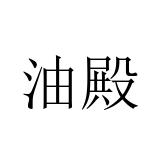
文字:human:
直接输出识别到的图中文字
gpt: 油殿